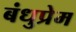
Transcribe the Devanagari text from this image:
बंधुप्रेम